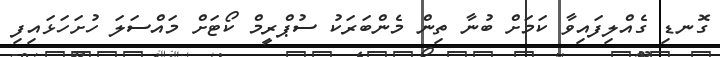
ގޮނޑި ގެއްލިފައިވާ ކަމަށް ބުނާ ތިން މެންބަރަކު ސުޕްރީމް ކޯޓަށް މައްސަލަ ހުށަހަޅައިފި